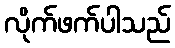
လိုက်ဖက်ပါသည်